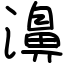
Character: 濞